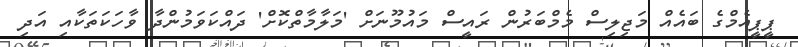
ޕީޕީއެމްގެ ބައެއް މަޖިލިސް މެމްބަރުން ރައީސް މައުމޫނަށް 'މަލާމާތްކޮށް' ދައްކަވަމުންދާ ވާހަކަތަކާއި އަދި